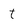
Character: f